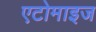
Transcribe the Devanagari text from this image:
एटोमाइज